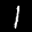
Label: 1